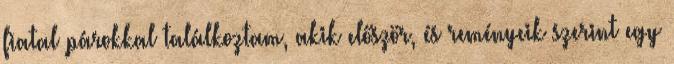
fiatal párokkal találkoztam, akik először, és reményeik szerint egy